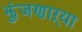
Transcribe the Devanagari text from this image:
झुंजणाऱ्या